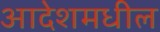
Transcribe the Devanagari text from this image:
आदेशमधील